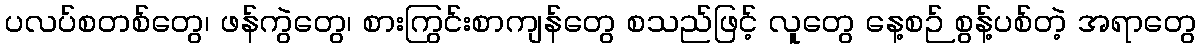
ပလပ်စတစ်တွေ၊ ဖန်ကွဲတွေ၊ စားကြွင်းစာကျန်တွေ စသည်ဖြင့် လူတွေ နေ့စဉ် စွန့်ပစ်တဲ့ အရာတွေ